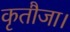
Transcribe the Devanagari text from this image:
कृतौजा।